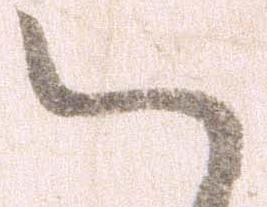
ハ